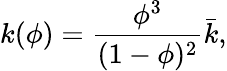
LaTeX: k(\phi)=\frac{\phi^{3}}{(1-\phi)^{2}}\bar{k},